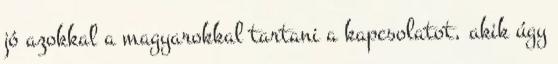
jó azokkal a magyarokkal tartani a kapcsolatot, akik úgy